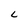
Character: L